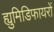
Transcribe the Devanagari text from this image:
ह्युमिडिफायरों